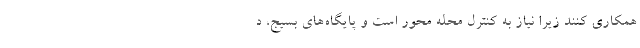
همکاری کنند زیرا نیاز به کنترل محله محور است و پایگاه‌های بسیج، د